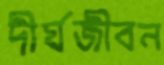
দীর্ঘজীবন